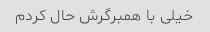
خیلی با همبرگرش حال کردم